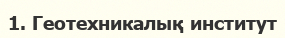
1. Геотехникалық институт